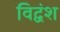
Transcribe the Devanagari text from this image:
विद्वंश